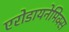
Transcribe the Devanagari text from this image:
एरोडायनेमिक्स